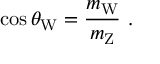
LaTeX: \cos \theta _ { \mathrm { W } } = { \frac { m _ { \mathrm { W } } } { m _ { \mathrm { Z } } } } ~ .